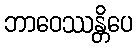
ဘာဝေဿန္တိပေ